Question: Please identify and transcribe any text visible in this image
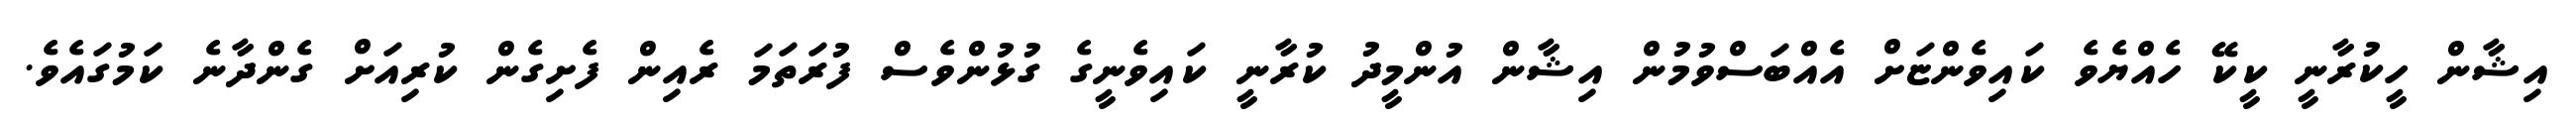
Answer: އިޝާން ހީކުރާނީ ކީކޭ ހެއްޔެވެ ކައިވެންޏަށް އެއްބަސްވުމުން އިޝާން އުންމީދު ކުރާނީ ކައިވެނީގެ ގުޅުންވެސް ފުރަތަމަ ރެއިން ފެށިގެން ކުރިއަށް ގެންދާނެ ކަމުގައެވެ.